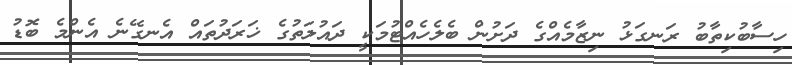
ހިސާބުކިތާބު ރަނގަޅު ނިޒާމެއްގެ ދަށުން ބެލެހެއްޓުމަކީ ދައުލަތުގެ ޚަރަދުތައް އެނގޭނެ އެންމެ ބޮޑު